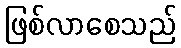
ဖြစ်လာစေသည်